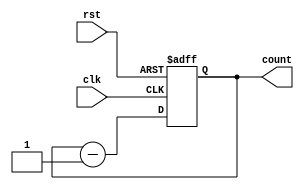
module fbitsyncdw(clk,rst,count);
input clk,rst;
output reg[3:0]count;
always @(posedge clk or posedge rst ) begin
    if(rst)
    count<=4'hF;
    else
    count<=count-1'b1;
end
endmodule